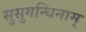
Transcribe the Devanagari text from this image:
सुसुगन्धिनाम्